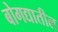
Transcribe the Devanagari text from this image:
बोगद्यातील